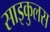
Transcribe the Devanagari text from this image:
साइकुलस